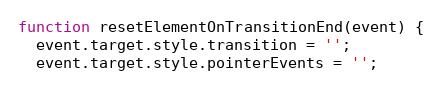
Language: JavaScript
function resetElementOnTransitionEnd(event) {
  event.target.style.transition = '';
  event.target.style.pointerEvents = '';